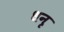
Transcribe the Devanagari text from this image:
धनृ